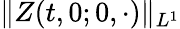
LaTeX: \| Z(t,0;0,\cdot)\| _{L^{1}}